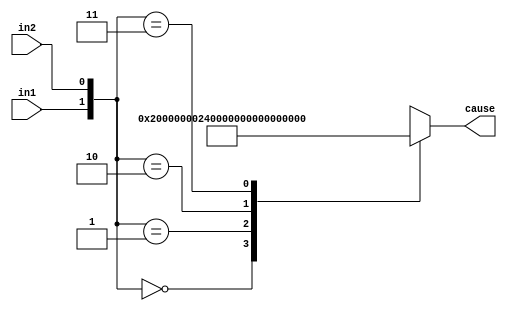
`timescale 1ns / 1ps
//////////////////////////////////////////////////////////////////////////////////
// Company: 
// Engineer: 
// 
// Design Name: 
// Module Name: Cause_list
// Project Name: 
// Target Devices: 
// Tool Versions: 
// Description: 
// 
// Dependencies: 
// 
// Revision:
// Revision 0.01 - File Created
// Additional Comments:
// 
//////////////////////////////////////////////////////////////////////////////////


module Cause_list(
input in1,
input in2,
output [31:0] cause
);

reg [31:0] c;
always @(in1 or in2) begin
  case({in1,in2})
    2'b00:c<=32'b0000000000000000000000000100000;
    2'b01:c<=32'b0000000000000000000000000100100;
    2'b10:c<=32'b0000000000000000000000000110100;
    2'b11:c<=32'b0000000000000000000000000000000;
    default:;
  endcase
end
assign cause=c;
endmodule